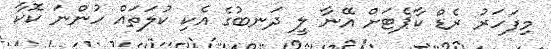
މިފަހަރު ރެޑް ކާޕެޓަށް އޭނާ ލީ ދަނބުގެ އެކި ކުލަތައް ހުންނަ ކޮކާ